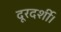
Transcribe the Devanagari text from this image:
दूरदर्शी।